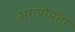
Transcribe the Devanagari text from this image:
अगणेयता